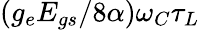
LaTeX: \left(g_{e}E_{gs}/8\alpha\right)\omega_{C}\tau_{L}